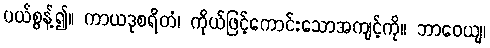
ပယ်စွန့်၍။ ကာယဒုစရိတံ၊ ကိုယ်ဖြင့်ကောင်းသောအကျင့်ကို။ ဘာဝေယျ၊